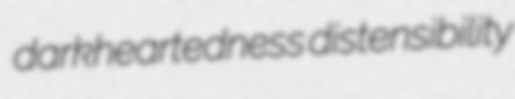
darkheartedness distensibility